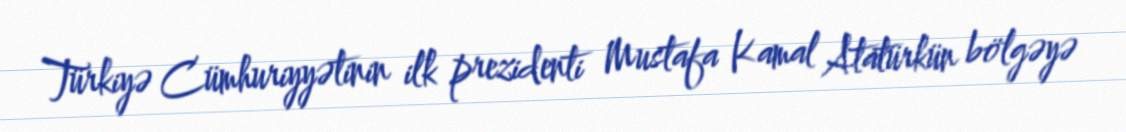
Türkiyə Cümhuriyyətinin ilk prezidenti Mustafa Kamal Atatürkün bölgəyə